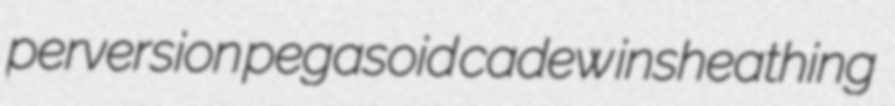
perversion pegasoid cadew insheathing